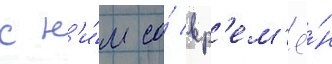
с н'и́м со́ вр'ем'ё́н